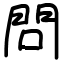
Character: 問